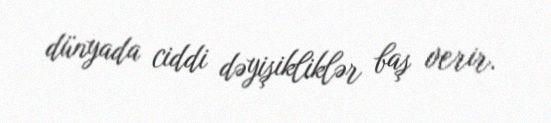
dünyada ciddi dəyişikliklər baş verir.